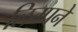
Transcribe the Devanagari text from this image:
लिम्पने